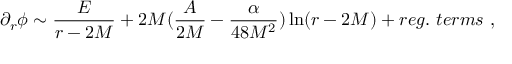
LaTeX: \partial _ { r } \phi \sim \frac { E } { r - 2 M } + 2 M ( \frac { A } { 2 M } - \frac { \alpha } { 4 8 M ^ { 2 } } ) \ln ( r - 2 M ) + r e g . \ t e r m s \ ,